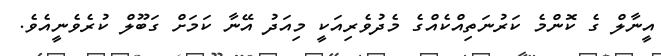
އީނާލް ގެ ކޮންމެ ކަރުނަތިއްކެއްގެ މެދުވެރިއަކީ މިއަދު އޭނާ ކަމަށް ގަބޫލް ކުރެވެނީއެވެ.